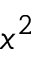
x ^ { 2 }